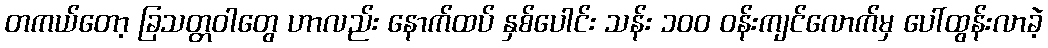
တကယ်တော့ ခြသတ္တဝါတွေ ဟာလည်း နောက်ထပ် နှစ်ပေါင်း သန်း ၁၀၀ ဝန်းကျင်လောက်မှ ပေါ်ထွန်းလာခဲ့